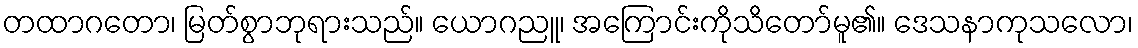
တထာဂတော၊ မြတ်စွာဘုရားသည်။ ယောဂညူ၊ အကြောင်းကိုသိတော်မူ၏။ ဒေသနာကုသလော၊